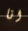
انا